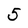
Character: 5